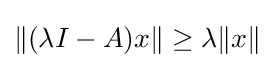
\|(\lambda I-A)x\|\geq \lambda \|x\|